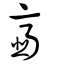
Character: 齏